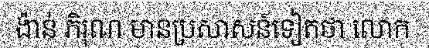
ង៉ាន់ ភិរុណ មានប្រសាសន៍ទៀតថា លោក